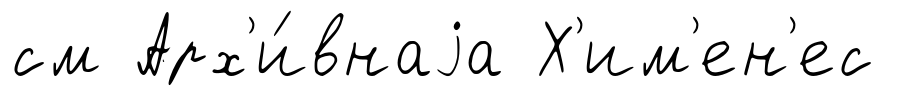
см Арх'и́внаjа Х'им'ен'ес